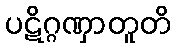
ပဋိဂ္ဂဏှာတူတိ